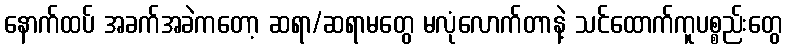
နောက်ထပ် အခက်အခဲကတော့ ဆရာ/ဆရာမတွေ မလုံလောက်တာနဲ့ သင်ထောက်ကူပစ္စည်းတွေ